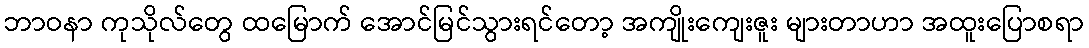
ဘာဝနာ ကုသိုလ်တွေ ထမြောက် အောင်မြင်သွားရင်တော့ အကျိုးကျေးဇူး များတာဟာ အထူးပြောစရာ